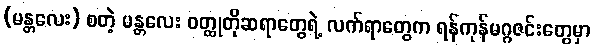
(မန္တလေး) စတဲ့ မန္တလေး ဝတ္ထုတိုဆရာတွေရဲ့ လက်ရာတွေက ရန်ကုန်မဂ္ဂဇင်းတွေမှာ